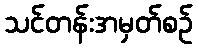
သင်တန်းအမှတ်စဉ်